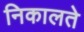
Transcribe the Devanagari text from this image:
निकालते